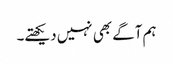
ہم آگے بھی نہیں دیکھتے۔